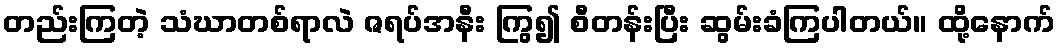
တည်းကြတဲ့ သံဃာတစ်ရာလဲ ဇရပ်အနီး ကြွ၍ စီတန်းပြီး ဆွမ်းခံကြပါတယ်။ ထို့နောက်